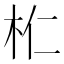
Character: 𣏴